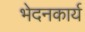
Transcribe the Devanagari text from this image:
भेदनकार्य